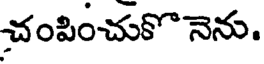
చంపించుకొ నెను.